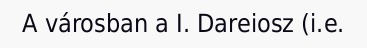
A városban a I. Dareiosz (i.e.